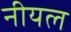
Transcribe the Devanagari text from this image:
नीयल